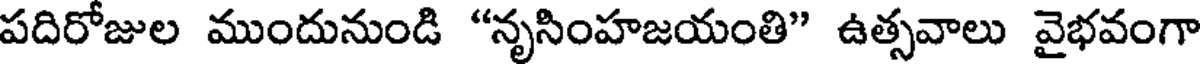
పదిరోజుల ముందునుండి "నృసింహజయంతి" ఉత్సవాలు వైభవంగా